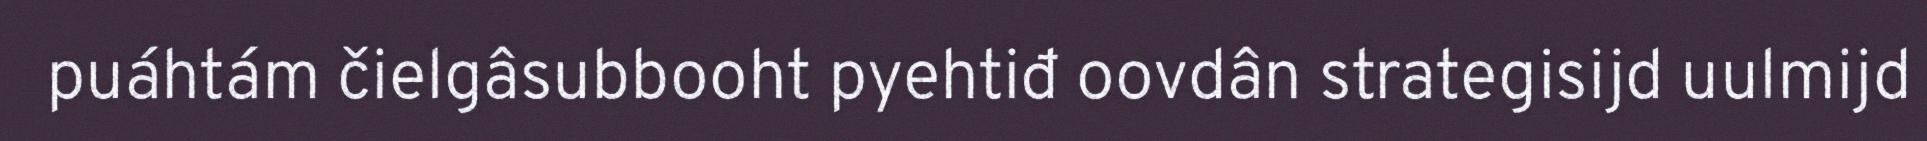
puáhtám čielgâsubbooht pyehtiđ oovdân strategisijd uulmijd